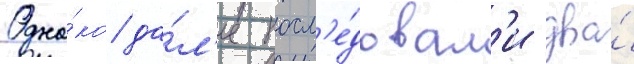
Одна́ко да́л'ее посл'е́довал'и два́